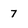
Character: 7